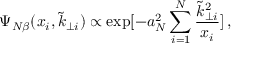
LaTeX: \Psi _ { N \beta } ( x _ { i } , \tilde { k } _ { \perp i } ) \propto \exp [ - a _ { N } ^ { 2 } \sum _ { i = 1 } ^ { N } \frac { \tilde { k } _ { \perp i } ^ { 2 } } { x _ { i } } ] \, ,